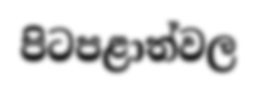
පිටපළාත්වල